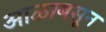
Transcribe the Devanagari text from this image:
आळाबसून